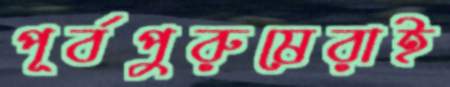
পূর্বপুরুষেরাই